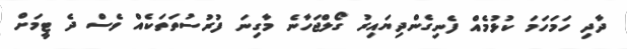
ދާދި ހަމަހަމަ ކުޅުމެއް ފެނިގެންދިޔައިރު ގޯލްޖަހާނެ މާގިނަ ފުރުސުތަތަކެއް ވެސް ދެ ޓީމަށް